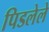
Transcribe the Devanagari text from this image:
पिडलेले